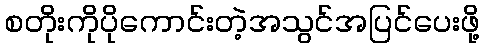
စတိုးကိုပိုကောင်းတဲ့အသွင်အပြင်ပေးဖို့